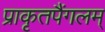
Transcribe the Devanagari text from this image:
प्राकृतपैंगलम्